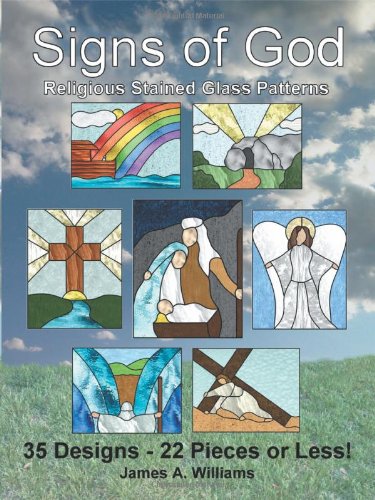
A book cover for Signs of God Religious Stained Glass Patterns: 35 Designs - 22 Pieces or Less!; James A Williams; Religion & Spirituality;